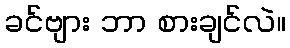
ခင်ဗျား ဘာ စားချင်လဲ။